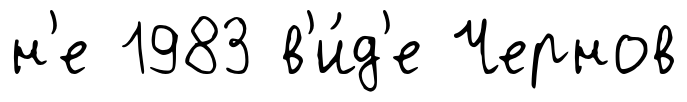
н'е 1983 в'и́д'е Чернов